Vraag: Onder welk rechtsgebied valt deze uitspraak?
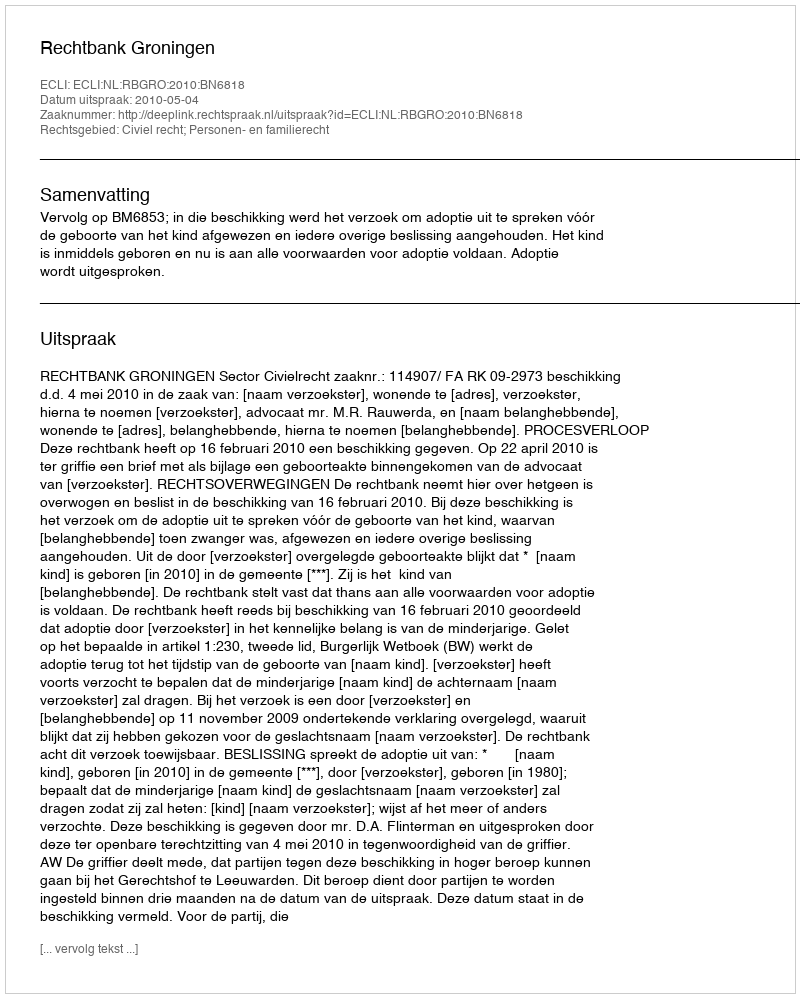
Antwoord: Civiel recht; Personen- en familierecht